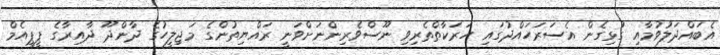
އެބައްދަލުވުމާއި ގުޅިގެން އެސަރަހައްދުގައި ހަރަކާތްތެރިވި ނޫސްވެރިންނަށްވަނީ ރައްޔިތުންގެ މަޖިލީހުގެ ދާންދޫ ދާއިރާގެ ޕީޕީއެމް